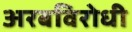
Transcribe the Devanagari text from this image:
अरबविरोधी